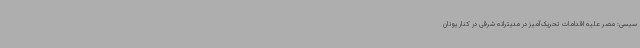
سیسی: مصر علیه اقدامات تحریک‌آمیز در مدیترانه شرقی در کنار یونان